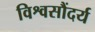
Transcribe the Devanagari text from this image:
विश्वसौंदर्य